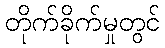
တိုက်ခိုက်မှုတွင်